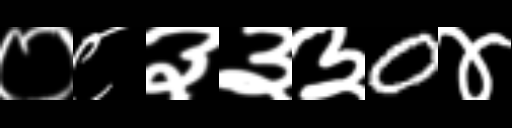
Text: ०८३३३0४